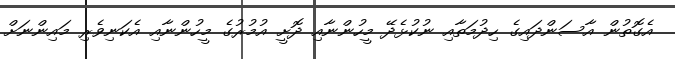
އެގޮތުން އާސަންދައިގެ ހިދުމަތާއި ނުކުޅެދޭ މީހުންނާއި ދޮށީ އުމުރުގެ މީހުންނާއި އެކަނިވެރި މައިންނަށް